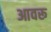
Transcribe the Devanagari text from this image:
आवरू